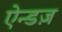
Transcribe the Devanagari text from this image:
ऐन्डज़